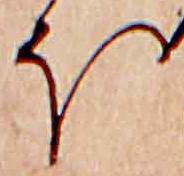
ほ